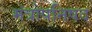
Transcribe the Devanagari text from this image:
मंत्रोपनिषद